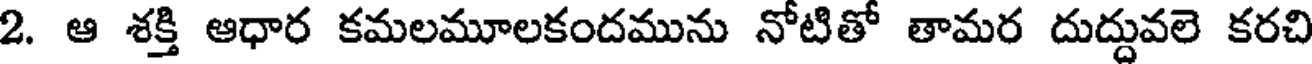
2. ఆ శక్తి ఆధార కమలమూలకందమును నోటితో తామర దుద్దువలె కరచి